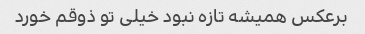
برعکس همیشه تازه نبود خیلی تو ذوقم خورد